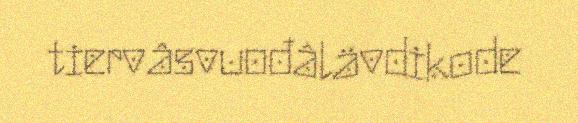
tiervâsvuođâlävdikode